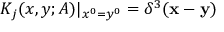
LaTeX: K _ { j } ( x , y ; A ) | _ { x ^ { 0 } = y ^ { 0 } } = \delta ^ { 3 } ( { \bf x } - { \bf y } )